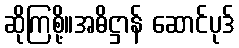
ဆိုကြစို့။အဓိဋ္ဌာန် ဆောင်ပုဒ်